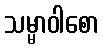
သမ္မာဝါစော